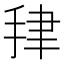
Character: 𰓪